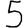
Digit: 5